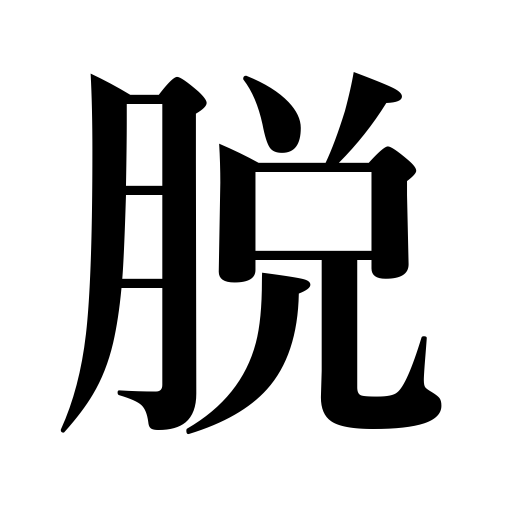
Meanings: slip off,undress,come off,removing,slip down,take off clothes